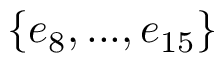
\{ e _ { 8 } , . . . , e _ { 1 5 } \}